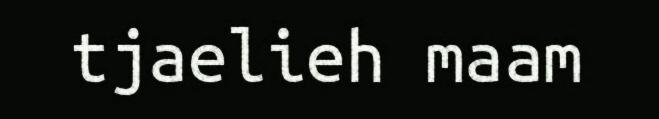
tjaelieh maam